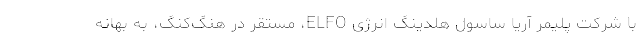
با شرکت پلیمر آریا ساسول هلدینگ انرژی ELFO، مستقر در هنگ‌کنگ، به بهانه